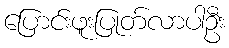
ပြောင်းဖူးပြုတ်လာပါဦး